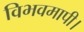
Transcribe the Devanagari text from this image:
विभवमापी।